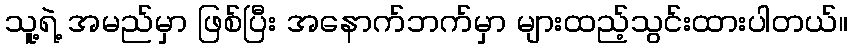
သူ့ရဲ့ အမည်မှာ ဖြစ်ပြီး အနောက်ဘက်မှာ များထည့်သွင်းထားပါတယ်။